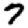
Digit: 7